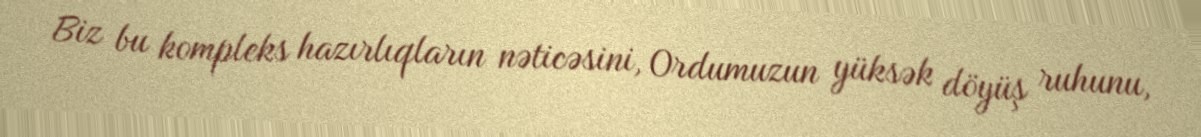
Biz bu kompleks hazırlıqların nəticəsini, Ordumuzun yüksək döyüş ruhunu,